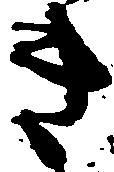
き